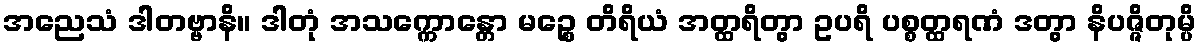
အညေသံ ဒါတဗ္ဗာနိ။ ဒါတုံ အသက္ကောန္တော မဉ္စေ တိရိယံ အတ္ထရိတွာ ဥပရိ ပစ္စတ္ထရဏံ ဒတွာ နိပဇ္ဇိတုမ္ပိ